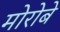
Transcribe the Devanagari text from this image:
मोरोबे